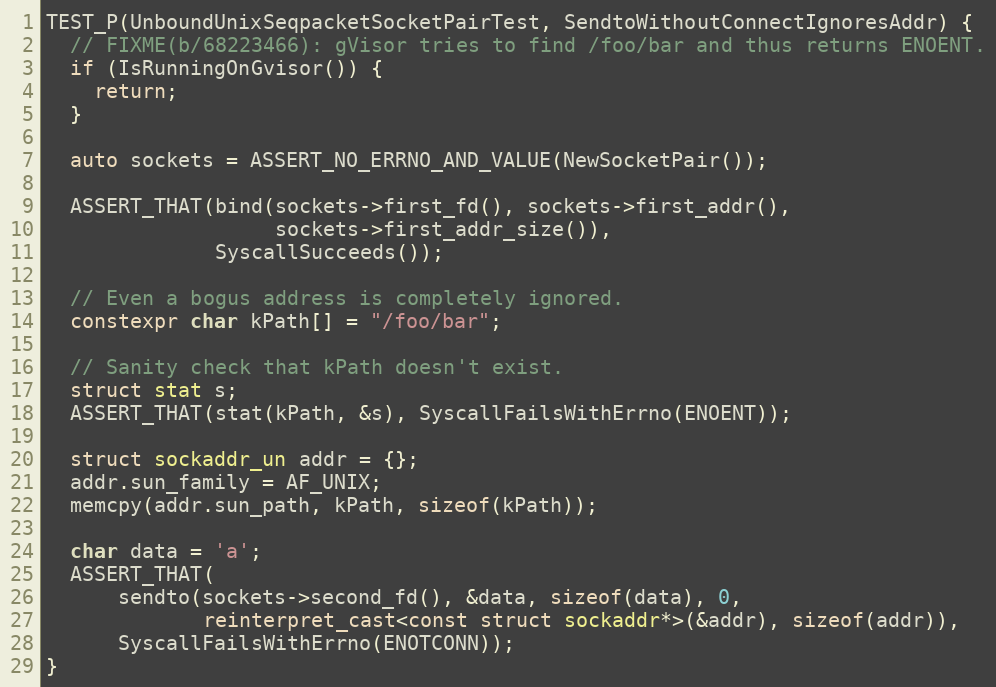
Language: C++
TEST_P(UnboundUnixSeqpacketSocketPairTest, SendtoWithoutConnectIgnoresAddr) {
  // FIXME(b/68223466): gVisor tries to find /foo/bar and thus returns ENOENT.
  if (IsRunningOnGvisor()) {
    return;
  }

  auto sockets = ASSERT_NO_ERRNO_AND_VALUE(NewSocketPair());

  ASSERT_THAT(bind(sockets->first_fd(), sockets->first_addr(),
                   sockets->first_addr_size()),
              SyscallSucceeds());

  // Even a bogus address is completely ignored.
  constexpr char kPath[] = "/foo/bar";

  // Sanity check that kPath doesn't exist.
  struct stat s;
  ASSERT_THAT(stat(kPath, &s), SyscallFailsWithErrno(ENOENT));

  struct sockaddr_un addr = {};
  addr.sun_family = AF_UNIX;
  memcpy(addr.sun_path, kPath, sizeof(kPath));

  char data = 'a';
  ASSERT_THAT(
      sendto(sockets->second_fd(), &data, sizeof(data), 0,
             reinterpret_cast<const struct sockaddr*>(&addr), sizeof(addr)),
      SyscallFailsWithErrno(ENOTCONN));
}